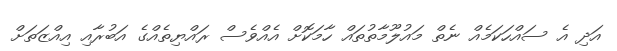
އަދި އެ ސައްހަކަމެއް ނެތް މައުލޫމާތުތައް ހާމަކޮށް އެއްވެސް ރައްޔިތެއްގެ އަބުރާއި އިއްޒަތަށް